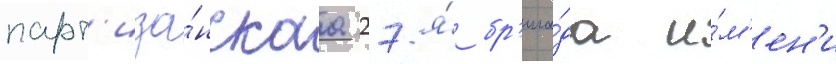
парт'иза́нскаа 27-я́ бр'ига́да и́м'ен'и